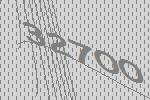
32700